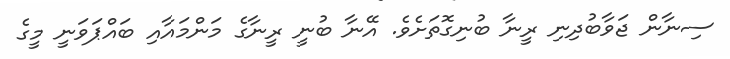
ސިނާން ޖަވާބުދިނި ރީނާ ބުނިގޮތަށެވެ. އޭނާ ބުނީ ރީނާގެ މަންމައާއި ބައްޕަވަނީ މީގެ